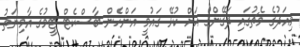
މިއަދުގެ މެޗުގައި ދަގޭންގް އަށް ކުޅޭ ގައުމީ އަންހެން ބާސްކެޓް ޓީމުގެ އާމިނަތު